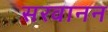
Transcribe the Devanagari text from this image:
सरवानन